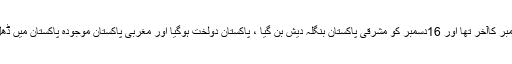
یہ نومبر کاآخر تھا اور 16دسمبر کو مشرقی پاکستان بنگلہ دیش بن گیا ، پاکستان دولخت ہوگیا اور مغربی پاکستان موجودہ پاکستان میں ڈھل گیا۔